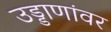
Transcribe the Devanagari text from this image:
उड्डाणांवर